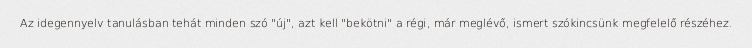
Az idegennyelv tanulásban tehát minden szó "új", azt kell "bekötni" a régi, már meglévő, ismert szókincsünk megfelelő részéhez.